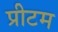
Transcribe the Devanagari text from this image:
प्रीटम